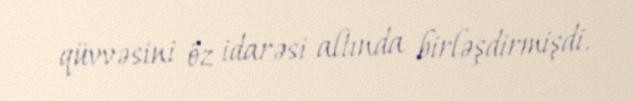
qüvvəsini öz idarəsi altında birləşdirmişdi.